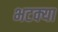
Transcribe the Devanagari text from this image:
भटक्‍या